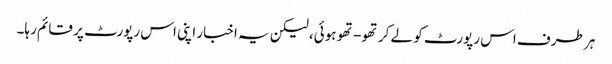
ہر طرف اس رپورٹ کو لے کر تھو- تھو ہوئی، لیکن یہ اخبار اپنی اس رپورٹ پر قائم رہا۔